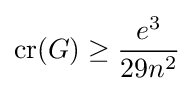
\operatorname {cr} (G)\geq {\frac {e^{3}}{29n^{2}}}